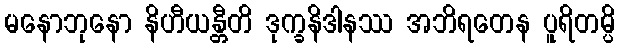
မနောဘုနော နိဟီယန္တီတိ ဒုက္ခနိဒါနဿ အဘိရတေန ပူရိတမ္ပိ